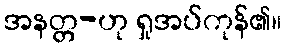
အနတ္တ-ဟု ရှုအပ်ကုန်၏။